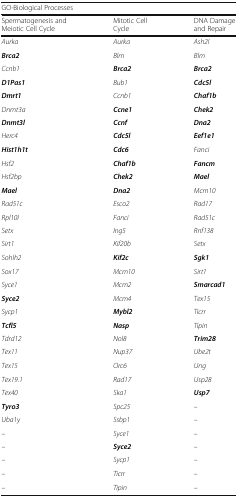
<table><thead><tr><td colspan="3"><b>GO-Biological Processes</b></td></tr><tr><td><b>Spermatogenesis and Meiotic Cell Cycle</b></td><td><b>Mitotic Cell Cycle</b></td><td><b>DNA Damage and Repair</b></td></tr></thead><tbody><tr><td><i>Aurka</i></td><td><i>Aurka</i></td><td><i>Ash2l</i></td></tr><tr><td><b><i>Brca2</i></b></td><td><i>Blm</i></td><td><i>Blm</i></td></tr><tr><td><i>Ccnb1</i></td><td><b><i>Brca2</i></b></td><td><b><i>Brca2</i></b></td></tr><tr><td><b><i>D1Pas1</i></b></td><td><i>Bub1</i></td><td><b><i>Cdc5l</i></b></td></tr><tr><td><b><i>Dmrt1</i></b></td><td><i>Ccnb1</i></td><td><b><i>Chaf1b</i></b></td></tr><tr><td><i>Dnmt3a</i></td><td><b><i>Ccne1</i></b></td><td><b><i>Chek2</i></b></td></tr><tr><td><b><i>Dnmt3l</i></b></td><td><b><i>Ccnf</i></b></td><td><b><i>Dna2</i></b></td></tr><tr><td><i>Herc4</i></td><td><b><i>Cdc5l</i></b></td><td><b><i>Eef1e1</i></b></td></tr><tr><td><b><i>Hist1h1t</i></b></td><td><b><i>Cdc6</i></b></td><td><i>Fanci</i></td></tr><tr><td><i>Hsf2</i></td><td><b><i>Chaf1b</i></b></td><td><b><i>Fancm</i></b></td></tr><tr><td><i>Hsf2bp</i></td><td><b><i>Chek2</i></b></td><td><b><i>Mael</i></b></td></tr><tr><td><b><i>Mael</i></b></td><td><b><i>Dna2</i></b></td><td><i>Mcm10</i></td></tr><tr><td><i>Rad51c</i></td><td><i>Esco2</i></td><td><i>Rad17</i></td></tr><tr><td><i>Rpl10l</i></td><td><i>Fanci</i></td><td><i>Rad51c</i></td></tr><tr><td><i>Setx</i></td><td><i>Ing5</i></td><td><i>Rnf138</i></td></tr><tr><td><i>Sirt1</i></td><td><i>Kif20b</i></td><td><i>Setx</i></td></tr><tr><td><i>Sohlh2</i></td><td><b><i>Kif2c</i></b></td><td><b><i>Sgk1</i></b></td></tr><tr><td><i>Sox17</i></td><td><i>Mcm10</i></td><td><i>Sirt1</i></td></tr><tr><td><i>Syce1</i></td><td><i>Mcm2</i></td><td><b><i>Smarcad1</i></b></td></tr><tr><td><b><i>Syce2</i></b></td><td><i>Mcm4</i></td><td><i>Tex15</i></td></tr><tr><td><i>Sycp1</i></td><td><b><i>Mybl2</i></b></td><td><i>Ticrr</i></td></tr><tr><td><b><i>Tcfl5</i></b></td><td><b><i>Nasp</i></b></td><td><i>Tipin</i></td></tr><tr><td><i>Tdrd12</i></td><td><i>Nol8</i></td><td><b><i>Trim28</i></b></td></tr><tr><td><i>Tex11</i></td><td><i>Nup37</i></td><td><i>Ube2t</i></td></tr><tr><td><i>Tex15</i></td><td><i>Orc6</i></td><td><i>Ung</i></td></tr><tr><td><i>Tex19.1</i></td><td><i>Rad17</i></td><td><i>Usp28</i></td></tr><tr><td><i>Tex40</i></td><td><i>Ska1</i></td><td><b><i>Usp7</i></b></td></tr><tr><td><b><i>Tyro3</i></b></td><td><i>Spc25</i></td><td><i>–</i></td></tr><tr><td><i>Uba1y</i></td><td><i>Ssbp1</i></td><td><i>–</i></td></tr><tr><td><i>–</i></td><td><i>Syce1</i></td><td><i>–</i></td></tr><tr><td><i>–</i></td><td><b><i>Syce2</i></b></td><td><i>–</i></td></tr><tr><td><i>–</i></td><td><i>Sycp1</i></td><td><i>–</i></td></tr><tr><td><i>–</i></td><td><i>Ticrr</i></td><td><i>–</i></td></tr><tr><td><i>–</i></td><td><i>Tipin</i></td><td><i>–</i></td></tr></tbody></table>